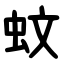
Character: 蚊